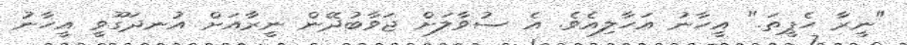
"ނީރާ ހެޕީތަ." އީހާނު އަހާލިއެވެ. އެ ސުވާލަށް ޖަވާބުދޭން ނީރާއަށް އުނދަގޫވީ އީހާނު